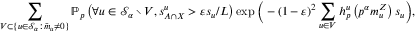
\sum _ { V \subset \{ u \in \ensuremath { \mathcal S } _ { \alpha } : \bar { m } _ { u } \neq 0 \} } { \ensuremath { \mathbb P } } _ { p } \left( \forall u \in \ensuremath { \mathcal S } _ { \alpha } \setminus V , s _ { A \cap X } ^ { u } > \varepsilon s _ { u } / L \right) \exp \Big ( - ( 1 - \varepsilon ) ^ { 2 } \sum _ { u \in V } h _ { p } ^ { u } \left( p ^ { \alpha } m _ { u } ^ { Z } \right) s _ { u } \Big ) ,